Report of the King Institute of Preventive Medicine, Guindy
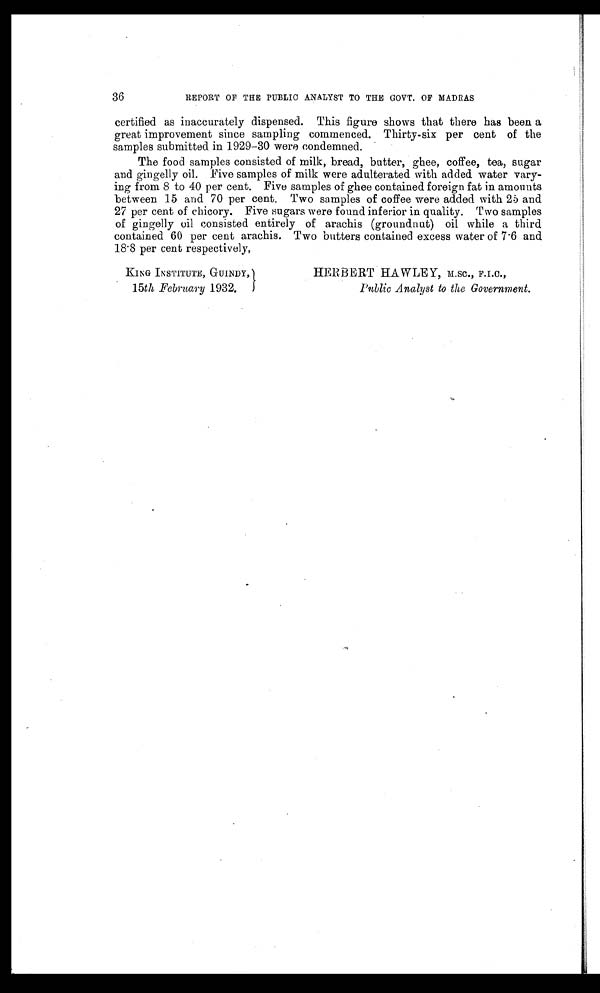
36
REPORT OF THE PUBLIC ANALYST TO THE GOVT. OF MADRAS
certified as inaccurately dispensed. This figure shows that there has been a
great improvement since sampling commenced. Thirty-six per cent of the
samples submitted in 1929-30 were condemned.
The food samples consisted of milk, bread, butter, ghee, coffee, tea, sugar
and gingelly oil. Five samples of milk were adulterated with added water vary
-ing from 8 to 40 per cent. Five samples of ghee contained foreign fat in amounts
between 15 and 70 per cent. Two samples of coffee were added with 25 and
27 per cent of chicory. Five sugars were found inferior in quality. Two samples
of gingelly oil consisted entirely of arachis (groundnut) oil while a third
contained 60 per cent arachis. Two butters contained excess water of 7.6 and
18.8 per cent respectively,
KING INSTITUTE, GUINDY,
15th February 1932.
HERBERT HAWLEY, M.SC., F.I.C.,
Public Analyst to the Government.